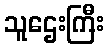
သူဌေးကြီး